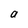
Character: a